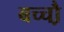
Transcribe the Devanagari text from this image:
बच्चौ़